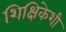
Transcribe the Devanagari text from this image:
शिक्षिकेशी